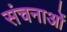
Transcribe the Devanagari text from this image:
संचनाओं